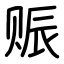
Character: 赈